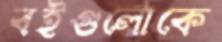
বইগুলোকে